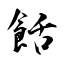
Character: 餂